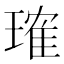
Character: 𬎂